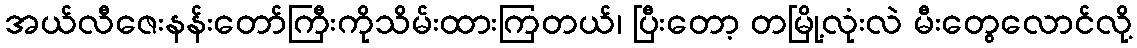
အယ်လီဇေးနန်းတော်ကြီးကိုသိမ်းထားကြတယ်၊ ပြီးတော့ တမြို့လုံးလဲ မီးတွေလောင်လို့